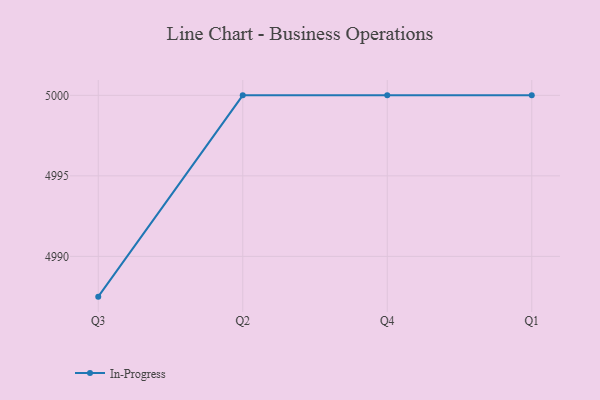
{"axis": {"x": "Quarter", "y": "Market Share (%)"}, "legend": ["In-Progress"], "data": [{"x": "Q3", "y": 4987.5, "type": "In-Progress"}, {"x": "Q2", "y": 5000, "type": "In-Progress"}, {"x": "Q4", "y": 5000, "type": "In-Progress"}, {"x": "Q1", "y": 5000, "type": "In-Progress"}]}